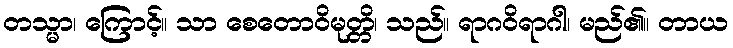
တသ္မာ၊ ကြောင့်။ သာ စေတောဝိမုတ္တိ၊ သည်။ ရာဂဝိရာဂါ၊ မည်၏။ တာယ